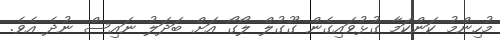
މުހިންމު ކަންކަމާ ގުޅުވައިގެން ގޫގުލް ލޯގޯ އަށް ބަދަލު ނައިސް ނުދެ އެވެ.